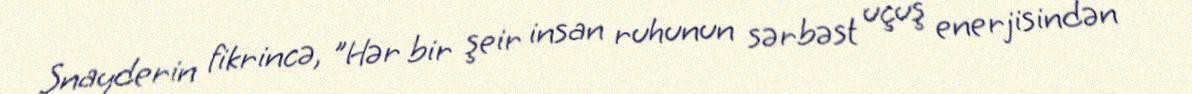
Snayderin fikrincə, "Hər bir şeir insan ruhunun sərbəst uçuş enerjisindən